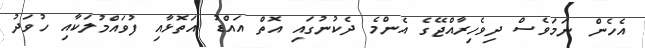
އެހެން ނަމަވެސް ދިވެހިރާއްޖޭގެ އެންމެ ދެކުނުގައި އޮތް އައްޑު އަތޮޅާއި ފުވައްމުލަކާއި ހުވަދު